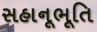
સહાનૂભૂતિ